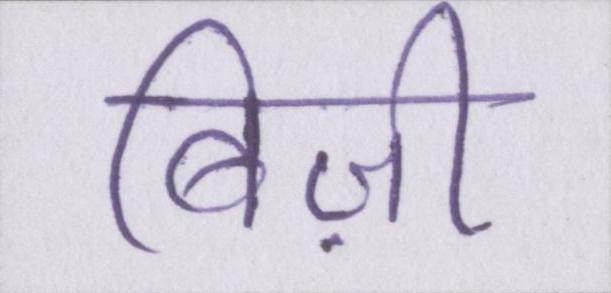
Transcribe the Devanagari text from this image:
बिज़ी